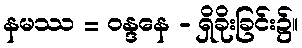
နမဿ = ဝန္ဒနေ - ရှိခိုးခြင်း၌။